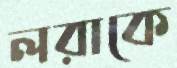
লরাকে